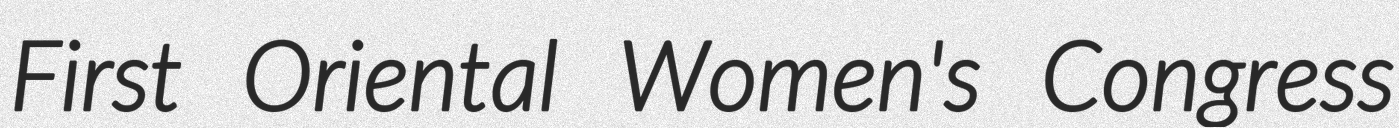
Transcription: First Oriental Women's Congress